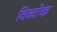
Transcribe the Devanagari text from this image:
विब्वोक